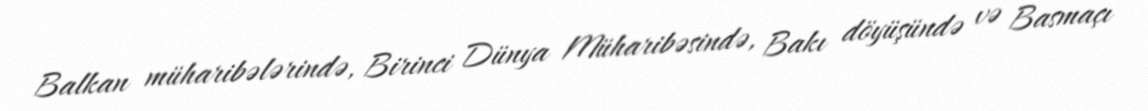
Balkan müharibələrində, Birinci Dünya Müharibəsində, Bakı döyüşündə və Basmaçı